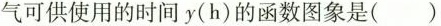
气可供使用的时间y(h)的函数图象是( )